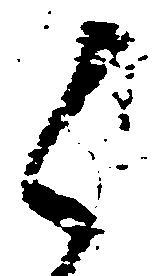
候